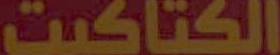
الكتاكيت